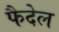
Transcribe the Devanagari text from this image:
फैदेल